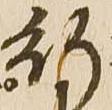
行